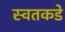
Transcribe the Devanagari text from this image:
स्वतकडे